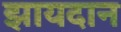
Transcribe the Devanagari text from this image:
झायदान